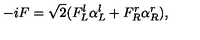
- i F = \sqrt { 2 } ( F _ { L } ^ { l } \alpha _ { L } ^ { l } + F _ { R } ^ { r } \alpha _ { R } ^ { r } ) ,